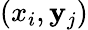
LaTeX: (x_{i},\mathbf{y}_{j})